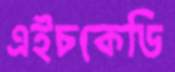
এইচকেডি